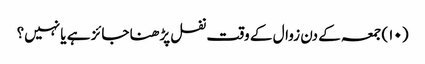
(۱۰) جمعہ کے دن زوال کے وقت نفل پڑھنا جائز ہے یا نہیں؟